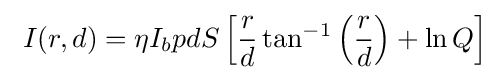
\ I(r,d)=\eta I_{b}pdS\left[{\frac {r}{d}}\tan ^{-1}\left({\frac {r}{d}}\right)+\ln Q\right]